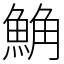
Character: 𩷛